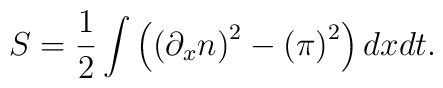
S=\frac 12\int \left( \left( \partial _xn\right) ^2-\left( \pi\right) ^2\right) dxdt.